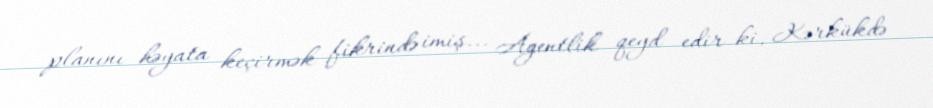
planını həyata keçirmək fikrində imiş... Agentlik qeyd edir ki, Kərkükdə